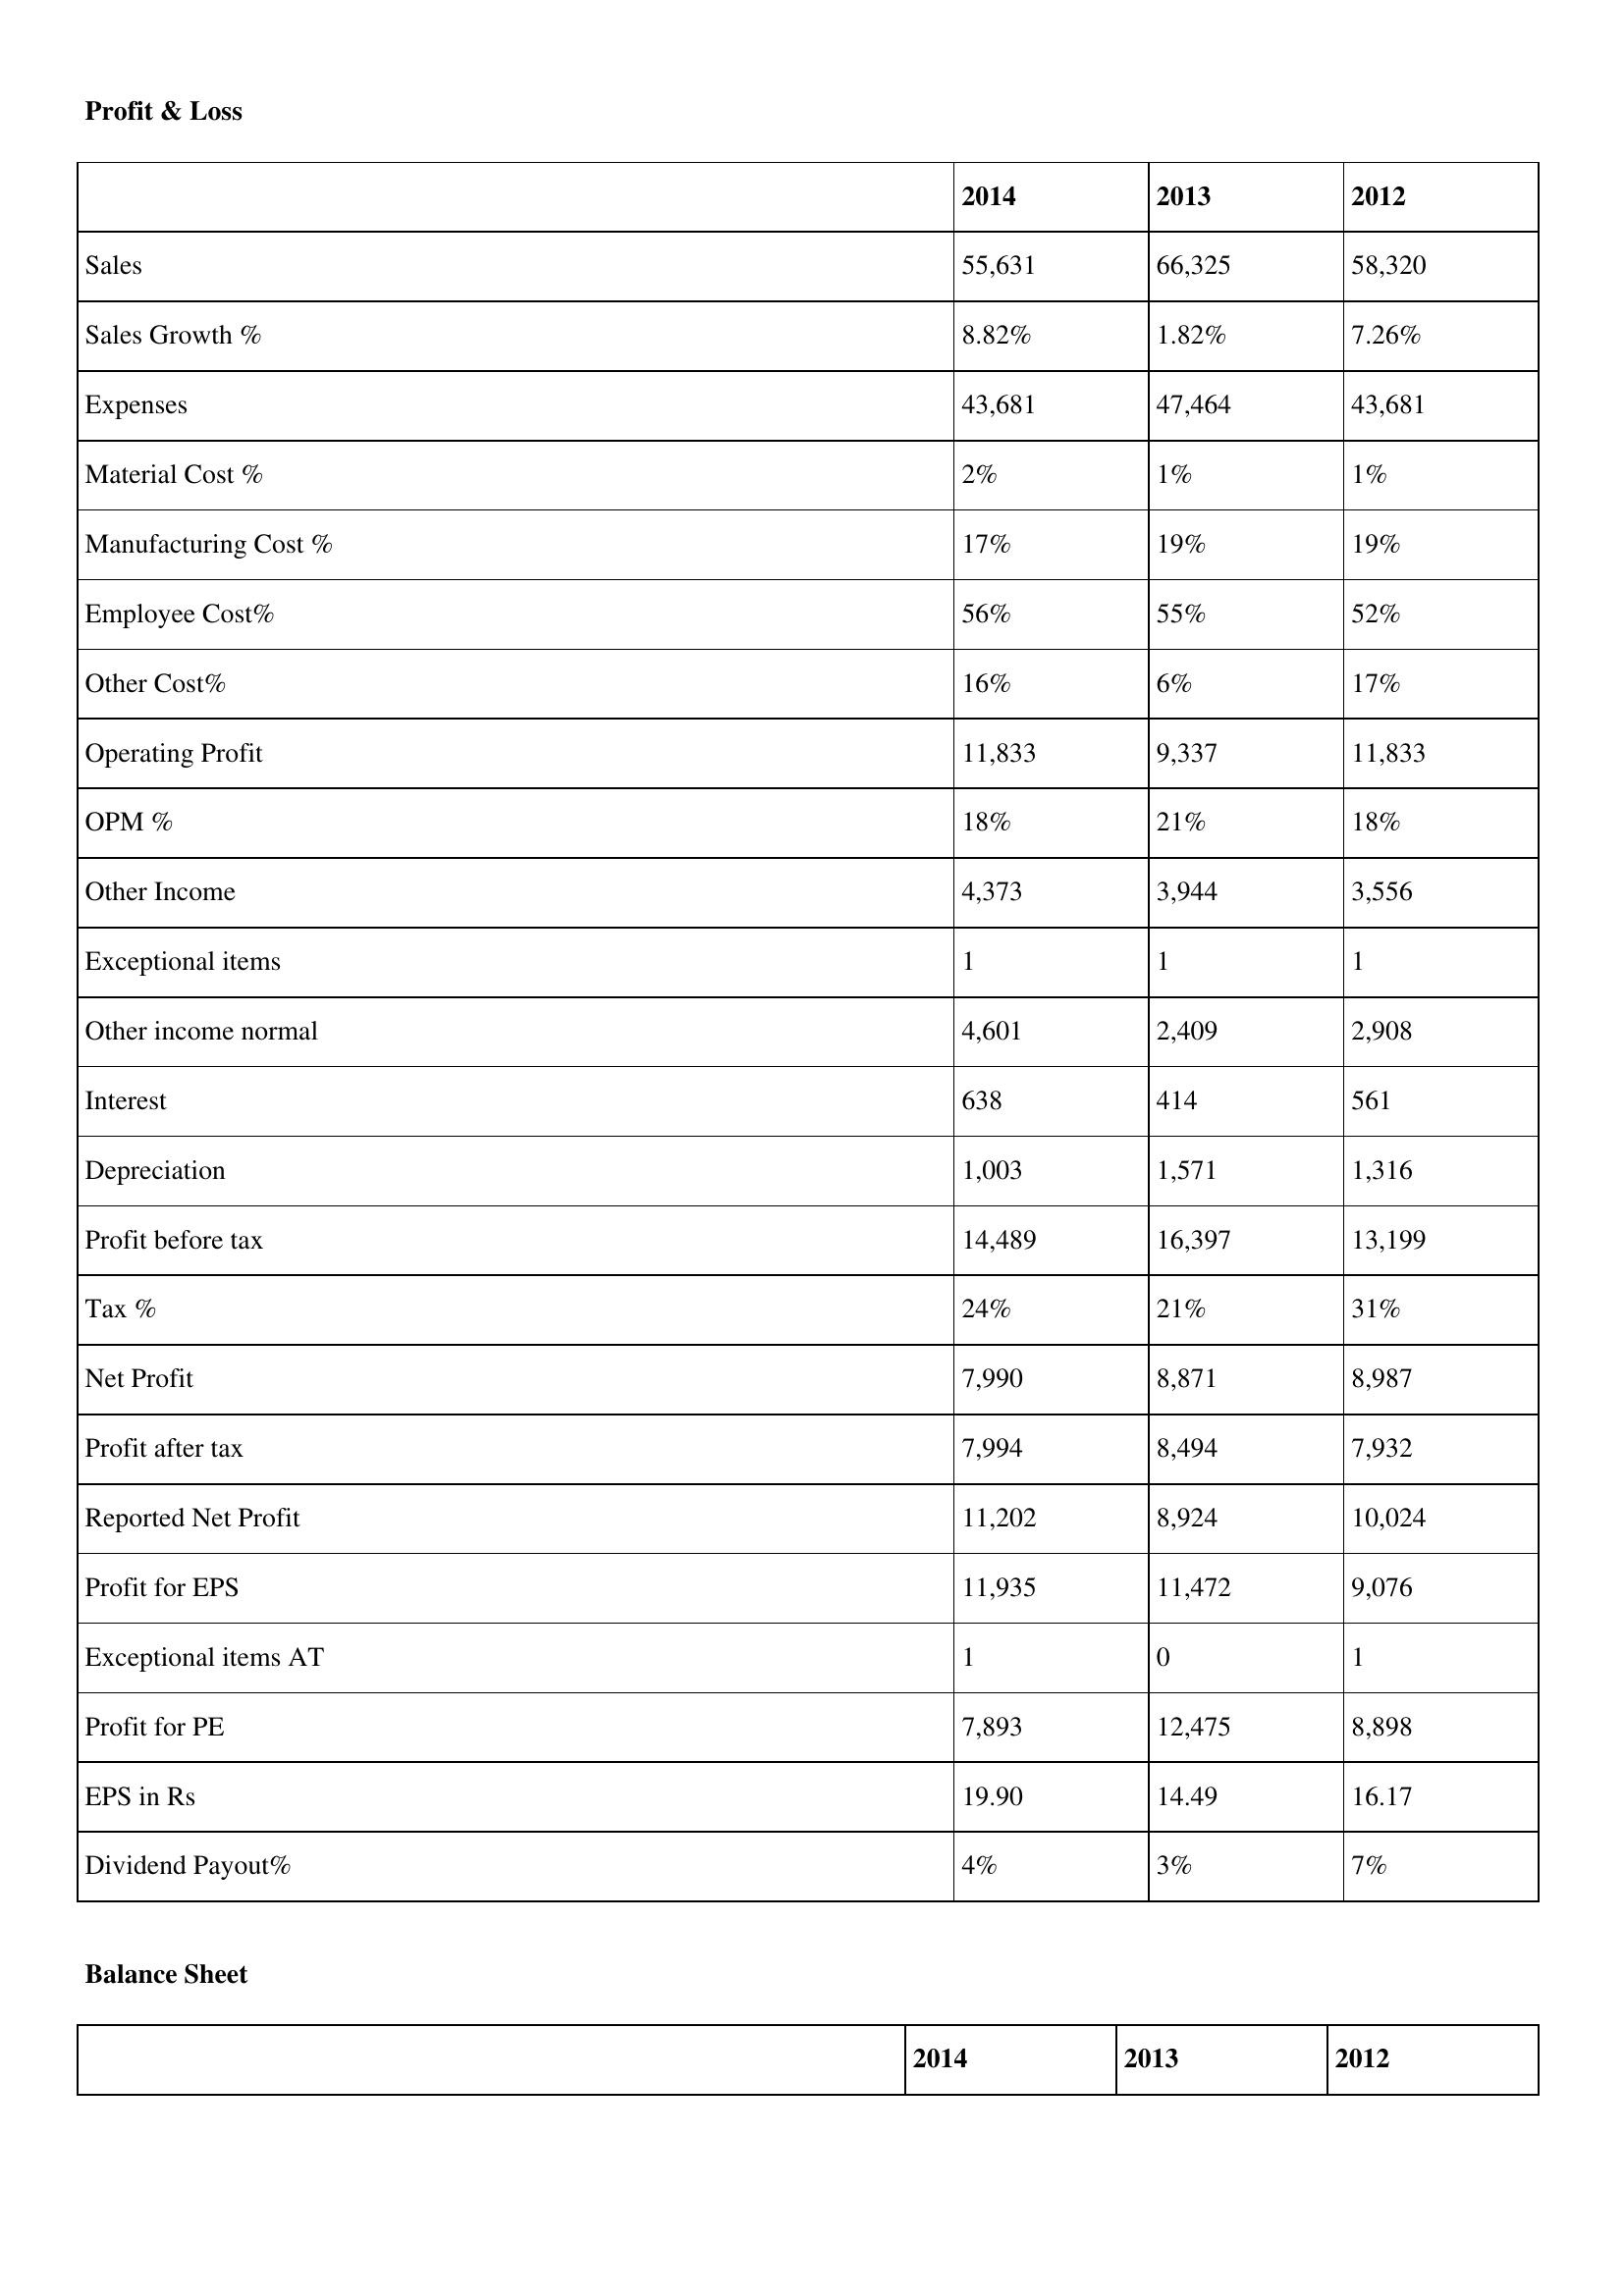
gt_parse: 2014: Profit & Loss: Sales: 55,631
Sales Growth %: 8.82%
Expenses: 43,681
Material Cost %: 2%
Manufacturing Cost %: 17%
Employee Cost%: 56%
Other Cost%: 16%
Operating Profit: 11,833
OPM %: 18%
Other Income: 4,373
Exceptional items: 1
Other income normal: 4,601
Interest: 638
Depreciation: 1,003
Profit before tax: 14,489
Tax %: 24%
Net Profit: 7,990
Profit after tax: 7,994
Reported Net Profit: 11,202
Profit for EPS: 11,935
Exceptional items AT: 1
Profit for PE: 7,893
EPS in Rs: 19.90
Dividend Payout%: 4%
2013: Profit & Loss: Sales: 66,325
Sales Growth %: 1.82%
Expenses: 47,464
Material Cost %: 1%
Manufacturing Cost %: 19%
Employee Cost%: 55%
Other Cost%: 6%
Operating Profit: 9,337
OPM %: 21%
Other Income: 3,944
Exceptional items: 1
Other income normal: 2,409
Interest: 414
Depreciation: 1,571
Profit before tax: 16,397
Tax %: 21%
Net Profit: 8,871
Profit after tax: 8,494
Reported Net Profit: 8,924
Profit for EPS: 11,472
Exceptional items AT: 0
Profit for PE: 12,475
EPS in Rs: 14.49
Dividend Payout%: 3%
2012: Profit & Loss: Sales: 58,320
Sales Growth %: 7.26%
Expenses: 43,681
Material Cost %: 1%
Manufacturing Cost %: 19%
Employee Cost%: 52%
Other Cost%: 17%
Operating Profit: 11,833
OPM %: 18%
Other Income: 3,556
Exceptional items: 1
Other income normal: 2,908
Interest: 561
Depreciation: 1,316
Profit before tax: 13,199
Tax %: 31%
Net Profit: 8,987
Profit after tax: 7,932
Reported Net Profit: 10,024
Profit for EPS: 9,076
Exceptional items AT: 1
Profit for PE: 8,898
EPS in Rs: 16.17
Dividend Payout%: 7%